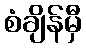
စံချိန်မှီ